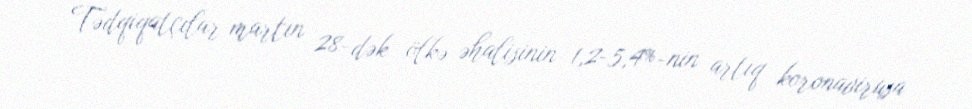
Tədqiqatçılar martın 28-dək ölkə əhalisinin 1,2-5,4%-nin artıq koronavirusa